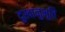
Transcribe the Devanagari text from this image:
दुखानुभूति